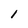
Character: 1